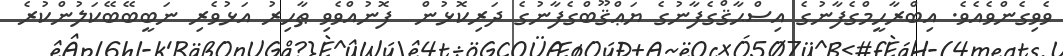
ވެވިގެންވެއެވެ. އިބްރާހީމްގެފާނުގެ އިސްޙާޤްގެފާނުގެ ޔަޢްޤޫބްގެފާނުގެ ދަރިކޮޅުން  ފޮނުއްވެވި ޠާހިރު އަޅުވެރި ނަބީބޭބޭކަލުންކުރެ